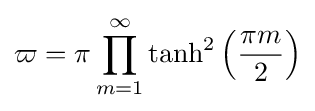
\varpi =\pi \prod _{m=1}^{\infty }\tanh ^{2}\left({\frac {\pi m}{2}}\right)